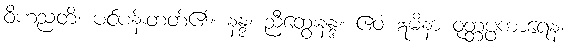
ဝိဟညတိ၊ ပင်ပန်းတတ်၏။ နန္ဒ၊ ညီထွေးနန္ဒ။ ဧဝံ ဣမိနာ ဝုတ္တပ္ပကာရေန၊